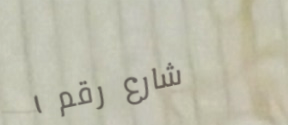
شارع رقم ١